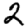
Digit: 2